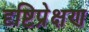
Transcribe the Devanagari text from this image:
दृष्टिप्रेक्षण